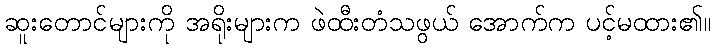
ဆူးတောင်များကို အရိုးများက ဖဲထီးတံသဖွယ် အောက်က ပင့်မထား၏။